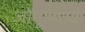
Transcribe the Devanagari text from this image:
जोंगूल्दाक